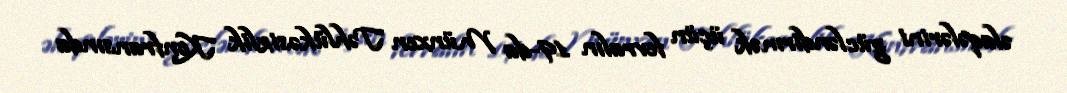
əlaqələrini gücləndirmək üçün fevralın 19-da Münxen Təhlükəsizlik Konfransında